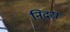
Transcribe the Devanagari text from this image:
निदरा